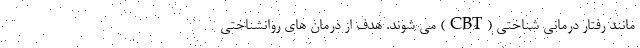
مانند رفتار درمانی شناختی (CBT) می شوند. هدف از درمان های روانشناختی